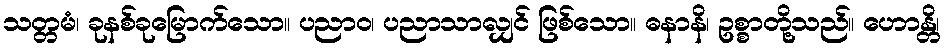
သတ္တမံ၊ ခုနစ်ခုမြောက်သော။ ပညာဝ၊ ပညာသာလျှင် ဖြစ်သော။ ဓနာနိ၊ ဥစ္စာတို့သည်။ ဟောန္တိ၊